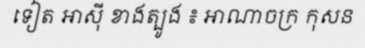
ទៀត អាស៊ី ខាងត្បូង ៖ អាណាចក្រ កុសន